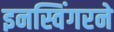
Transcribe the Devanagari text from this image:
इनस्विंगरने